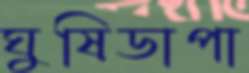
ঘুষিডাপা